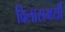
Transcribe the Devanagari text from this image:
विलासमयी